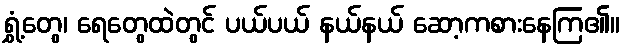
ရွှံ့တွေ၊ ရေတွေထဲတွင် ပယ်ပယ် နယ်နယ် ဆော့ကစားနေကြ၏။